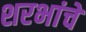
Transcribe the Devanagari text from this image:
शरभांचे